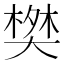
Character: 𬄀